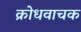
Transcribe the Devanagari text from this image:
क्रोधवाचक